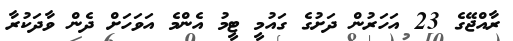
ރާއްޖޭގެ 23 އަހަރުން ދަށުގެ ގައުމީ ޓީމު އެންމެ އަވަހަށް ދެން ވާދަކުރާ